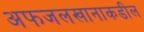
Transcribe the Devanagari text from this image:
अफजलखानाकडील